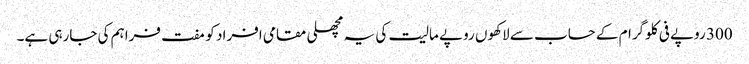
300 روپے فی کلوگرام کے حساب سے لاکھوں روپے مالیت کی یہ مچھلی مقامی افراد کو مفت فراہم کی جارہی ہے۔